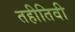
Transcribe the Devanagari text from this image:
तहीतिवी